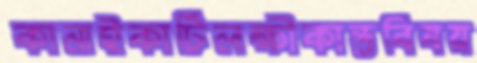
কানাইকাটিলক্ষীকান্তবিষয়